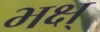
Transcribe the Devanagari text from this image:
भक्ष्